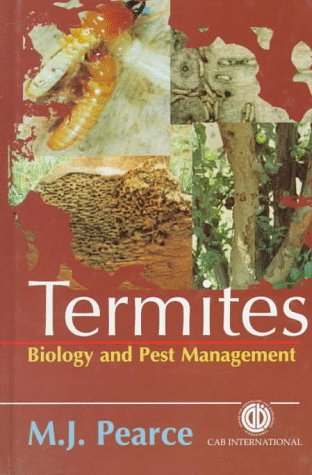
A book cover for Termites: Biology and Pest Management (Cabi Publishing); CABI; Science & Math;